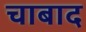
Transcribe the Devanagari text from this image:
चाबाद